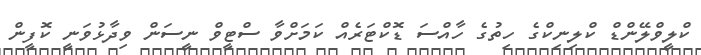
ކްލީވްލޭންޑް ކްލިނިކްގެ ހިތުގެ ހާއްސަ ޑޮކްޓަރެއް ކަމަށްވާ ސްޓީވް ނީސަން ވިދާޅުވަނީ ކޮފީން